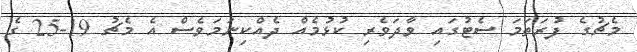
މެޗުގެ ފުރަތަމަ ސެޓުގައި ވާދަވެރި ކުޅުމެއް ދެއްކިނަމަވެސް އެ މެޗު 19-25 ގެ